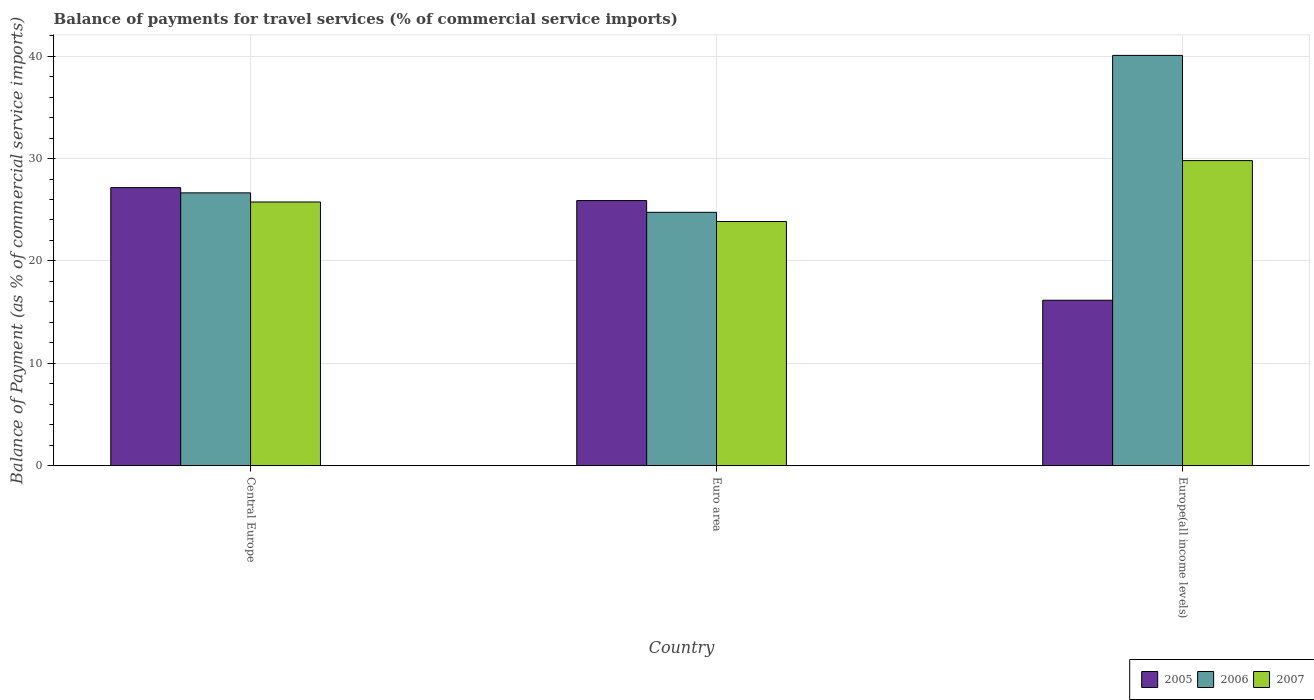
| Country | 2005 | 2006 | 2007 |
 | --- | --- | --- | --- |
 | Central Europe | 27.2 | 26.6 | 25.8 |
 | Euro area | 25.9 | 24.7 | 23.8 |
 | Europe(all income levels) | 16.2 | 40.1 | 29.8 |